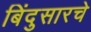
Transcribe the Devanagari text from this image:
बिंदुसारचे